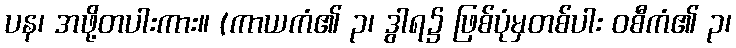
ပန၊ အဖို့တပါးကား။ (ကာယကံ၏ ၃၊ ဒွါရ၌ ဖြစ်ပုံမှတစ်ပါး ဝစီကံ၏ ၃၊